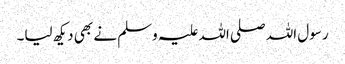
رسول اللہ صلی اللہ علیہ وسلم نے بھی دیکھ لیا۔